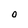
Character: o